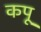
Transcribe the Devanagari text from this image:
कपू